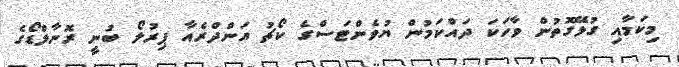
މިކަމާއި ގުޅޭގޮތުން ވާހަކަ ދައްކަމުން ޔުވެންޓަސްގެ ކޯޗު އަންދްރެއާ ޕިރުލޯ ބުނީ ރޮނާލްޑޯގެ